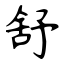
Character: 舒